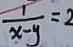
\frac { 1 } { x - y } = 2